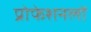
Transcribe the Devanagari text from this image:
प्रोफेशनलों